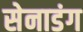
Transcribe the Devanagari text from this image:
सेनाडंग